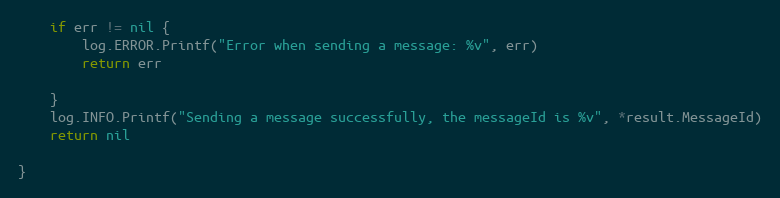
Language: Go
	if err != nil {
		log.ERROR.Printf("Error when sending a message: %v", err)
		return err

	}
	log.INFO.Printf("Sending a message successfully, the messageId is %v", *result.MessageId)
	return nil

}